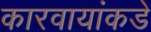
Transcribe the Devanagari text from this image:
कारवायांकडे